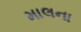
માલના